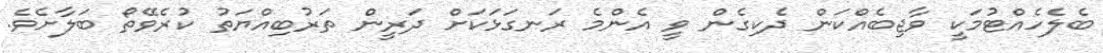
ބެލެހެއްޓުމަކީ ވާޖިބެއްކަން ދެކިގެން ވީ އެންމެ ރަނގަޅަކަށް ދަރީން ތަރުބިއްޔަތު ކުރެވޭތޯ ބަލާށެވެ.